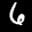
Label: 6